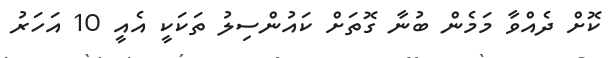
ކޮށް ދެއްވާ މަމެން ބުނާ ގޮތަށް ކައުންސިލު ތަކަކީ އެއީ 10 އަހަރު